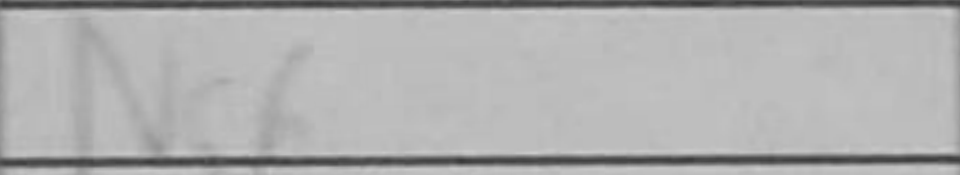
Transcription: Nc6